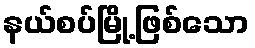
နယ်စပ်မြို့ဖြစ်သော